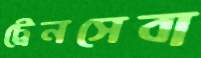
ট্রেনসেবা